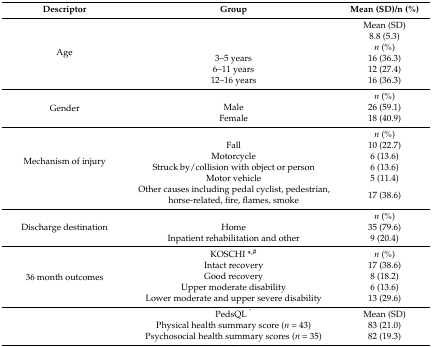
| Descriptor | Group | Mean (SD)/n (%) |
 | --- | --- | --- |
 | <ROWSPAN=6> Age |  | Mean (SD) |
 |  | 8.8 (5.3) |
 |  | n (%) |
 | 3–5 years | 16 (36.3) |
 | 6–11 years | 12 (27.4) |
 | 12–16 years | 16 (36.3) |
 | <ROWSPAN=3> Gender |  | n (%) |
 | Male | 26 (59.1) |
 | Female | 18 (40.9) |
 | <ROWSPAN=6> Mechanism of injury |  | n (%) |
 | Fall | 10 (22.7) |
 | Motorcycle | 6 (13.6) |
 | Struck by/collision with object or person | 6 (13.6) |
 | Motor vehicle | 5 (11.4) |
 | Other causes including pedal cyclist, pedestrian, horse-related, fire, flames, smoke | 17 (38.6) |
 | <ROWSPAN=3> Discharge destination |  | n (%) |
 | Home | 35 (79.6) |
 | Inpatient rehabilitation and other | 9 (20.4) |
 | <ROWSPAN=5> 36 month outcomes | KOSCHI *,# | n (%) |
 | Intact recovery | 17 (38.6) |
 | Good recovery | 8 (18.2) |
 | Upper moderate disability | 6 (13.6) |
 | Lower moderate and upper severe disability | 13 (29.6) |
 | <ROWSPAN=3>  | PedsQL ^ | Mean (SD) |
 | Physical health summary score (n = 43) | 83 (21.0) |
 | Psychosocial health summary scores (n = 35) | 82 (19.3) |